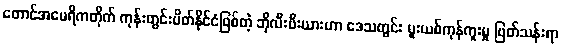
တောင်အမေရိကတိုက် ကုန်းတွင်းပိတ်နိုင်ငံဖြစ်တဲ့ ဘိုလီးဗီးယားဟာ ဒေသတွင်း မူးယစ်ကုန်ကူးမှု ဖြတ်သန်းရာ